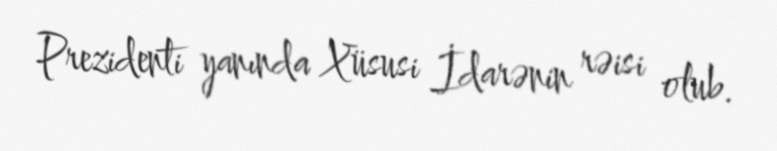
Prezidenti yanında Xüsusi İdarənin rəisi olub.